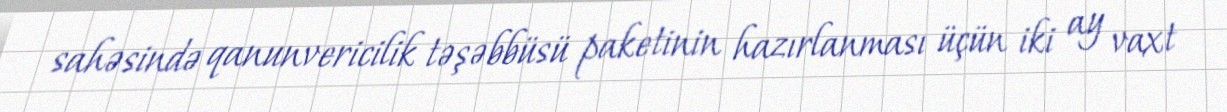
sahəsində qanunvericilik təşəbbüsü paketinin hazırlanması üçün iki ay vaxt